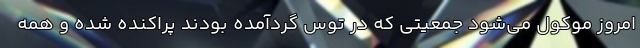
امروز موکول می‌شود جمعیتی که در توس گردآمده بودند پراکنده شده و همه